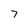
Character: 7